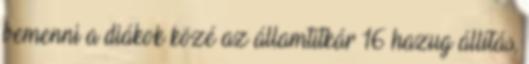
bemenni a diákok közé az államtitkár 16 hazug állítás,